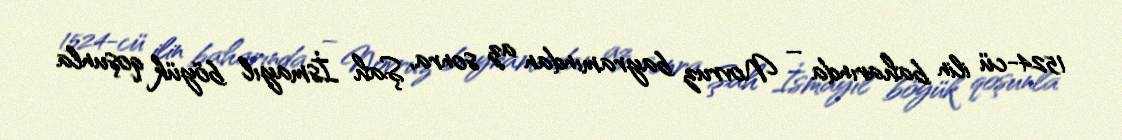
1524-cü ilin baharında – Novruz bayramından az sonra, Şah İsmayıl böyük qoşunla